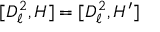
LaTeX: [ D _ { \ell } ^ { 2 } , H ] = [ D _ { \ell } ^ { 2 } , H ^ { \prime } ]